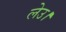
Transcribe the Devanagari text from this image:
लेउ।